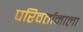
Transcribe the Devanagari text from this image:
परिवर्तानाला